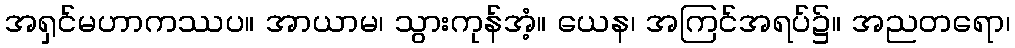
အရှင်မဟာကဿပ။ အာယာမ၊ သွားကုန်အံ့။ ယေန၊ အကြင်အရပ်၌။ အညတရော၊